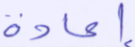
إعادة